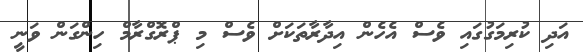
އަދި ކުރިމަގުގައި ވެސް އެހެން އިދާރާތަކަށް ވެސް މި ޕްރޮގްރާމް ހިންގަން ވަނީ